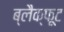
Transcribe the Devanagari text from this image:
ब्लैक्फूट